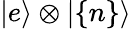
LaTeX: |e\rangle\otimes|\{ n\} \rangle